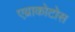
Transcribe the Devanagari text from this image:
एव्राकोटोस